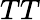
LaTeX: TT